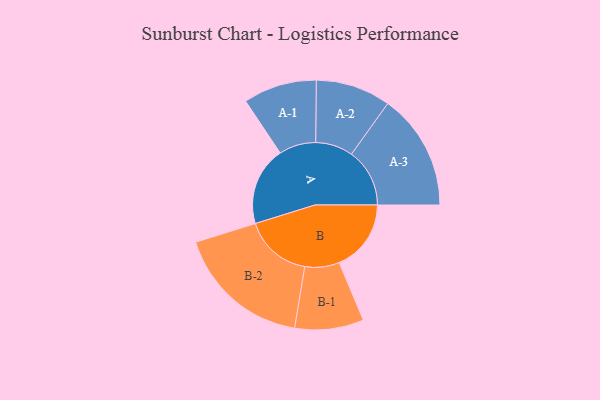
{"axis": {"x": "Segment", "y": "Value"}, "legend": ["", "A", "B"], "data": [{"x": "A", "y": 338, "type": ""}, {"x": "B", "y": 309, "type": ""}, {"x": "A-1", "y": 158, "type": "A"}, {"x": "A-2", "y": 161, "type": "A"}, {"x": "A-3", "y": 250, "type": "A"}, {"x": "B-1", "y": 148, "type": "B"}, {"x": "B-2", "y": 291, "type": "B"}]}